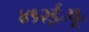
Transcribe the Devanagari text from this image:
४१२ई॰पू॰